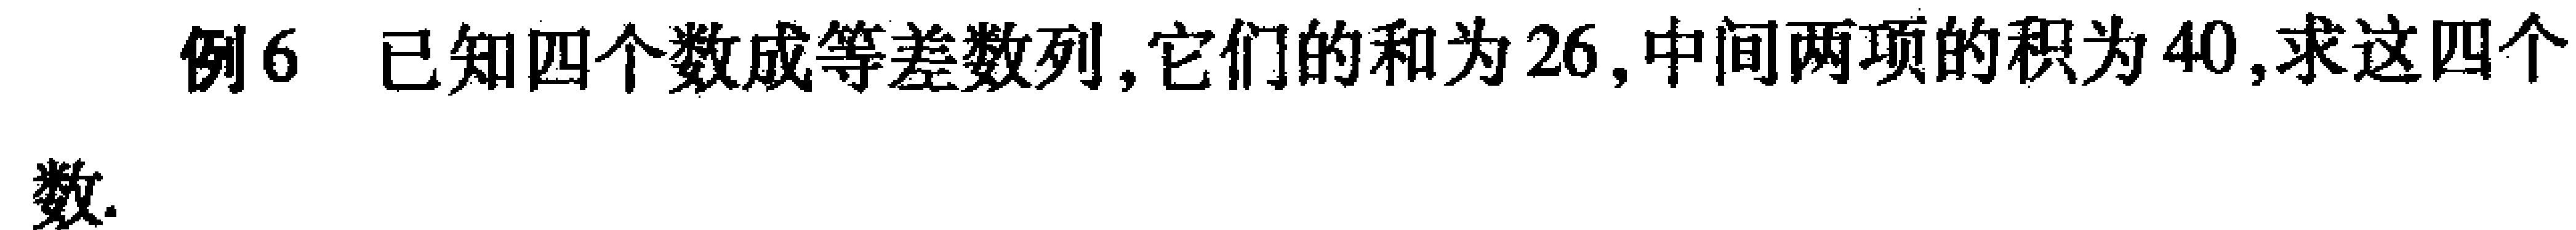
例6 已知四个数成等差数列,它们的和为26,中间两项的积为40,求这四个数.